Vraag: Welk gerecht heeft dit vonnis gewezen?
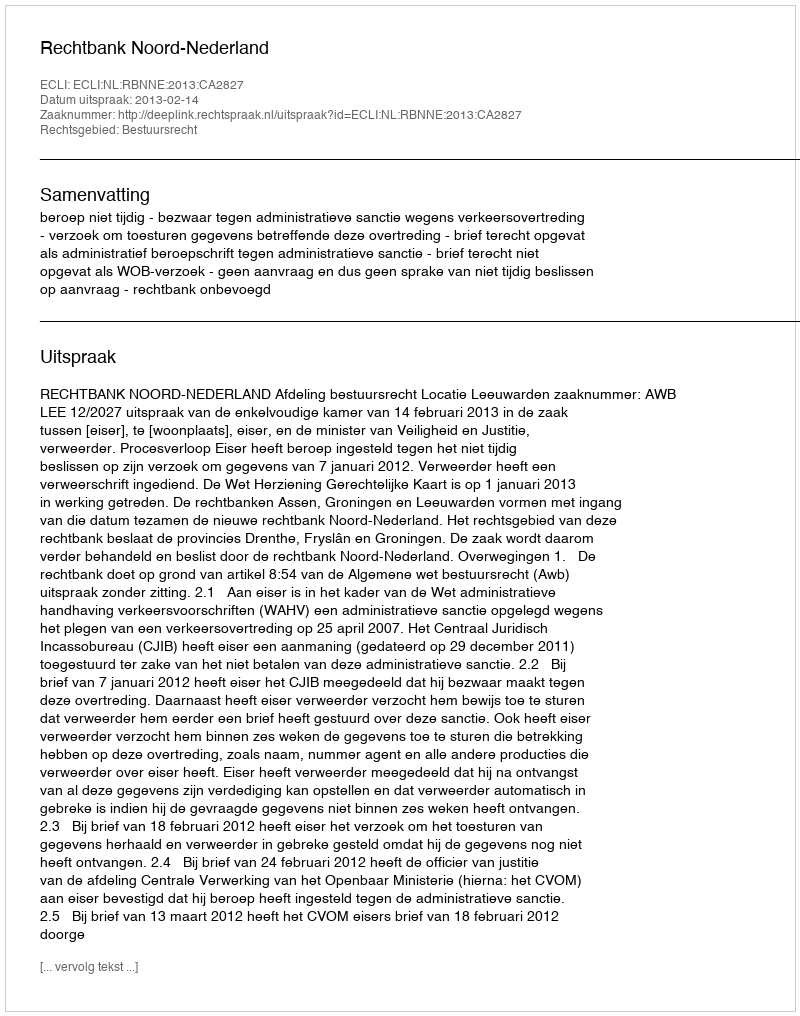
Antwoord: Rechtbank Noord-Nederland